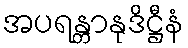
အပရန္တာနုဒိဋ္ဌီနံ